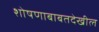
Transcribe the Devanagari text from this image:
शोषणाबाबतदेखील